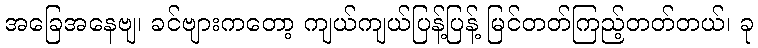
အခြေအနေဗျ၊ ခင်ဗျားကတော့ ကျယ်ကျယ်ပြန့်ပြန့် မြင်တတ်ကြည့်တတ်တယ်၊ ခု